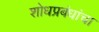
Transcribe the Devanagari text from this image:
शोधप्रबंधांचा